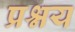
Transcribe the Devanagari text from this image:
प्रश्नय